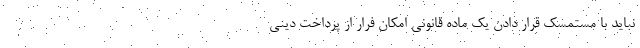
نباید با مستمسک قرار دادن یک ماده قانونی امکان فرار از پرداخت دینی